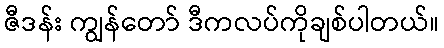
ဇီဒန်း ကျွန်တော် ဒီကလပ်ကိုချစ်ပါတယ်။